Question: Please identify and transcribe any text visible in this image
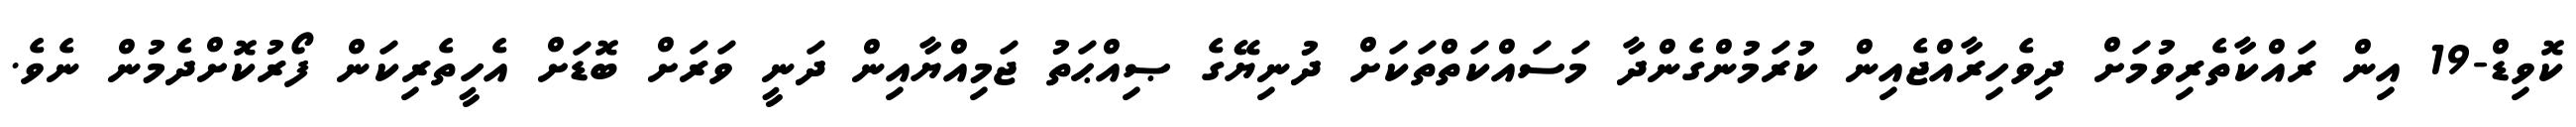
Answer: ކޮވިޑް-19 އިން ރައްކާތެރިވުމަށް ދިވެހިރާއްޖެއިން ކުރަމުންގެންދާ މަސައްކަތްތަކަށް ދުނިޔޭގެ ޞިއްޙަތު ޖަމިއްޔާއިން ދަނީ ވަރަށް ބޮޑަށް އެހީތެރިކަން ފޯރުކޮށްދެމުން ނެވެ.